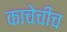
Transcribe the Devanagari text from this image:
काचेचीच